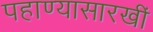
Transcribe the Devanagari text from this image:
पहाण्यासारखीं